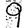
Digit: 9